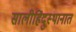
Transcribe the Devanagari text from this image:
सालीहिंदुस्थानात